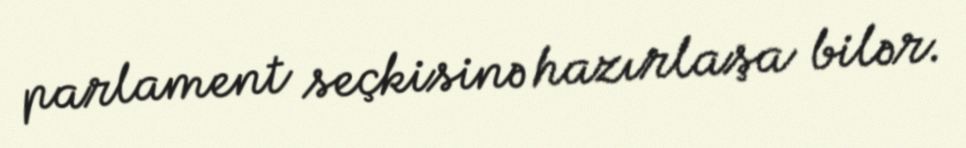
parlament seçkisinə hazırlaşa bilər.